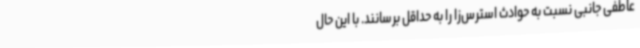
عاطفی جانبی نسبت به حوادث استرس‌زا را به حداقل برسانند. با این حال